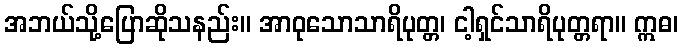
အဘယ်သို့ပြောဆိုသနည်း။ အာဝုသောသာရိပုတ္တ၊ ငါ့ရှင်သာရိပုတ္တရာ။ ဣဓ၊